65_HS1-834228961_62-HQ-83894_Section_9
Agency: FBI
Page 75
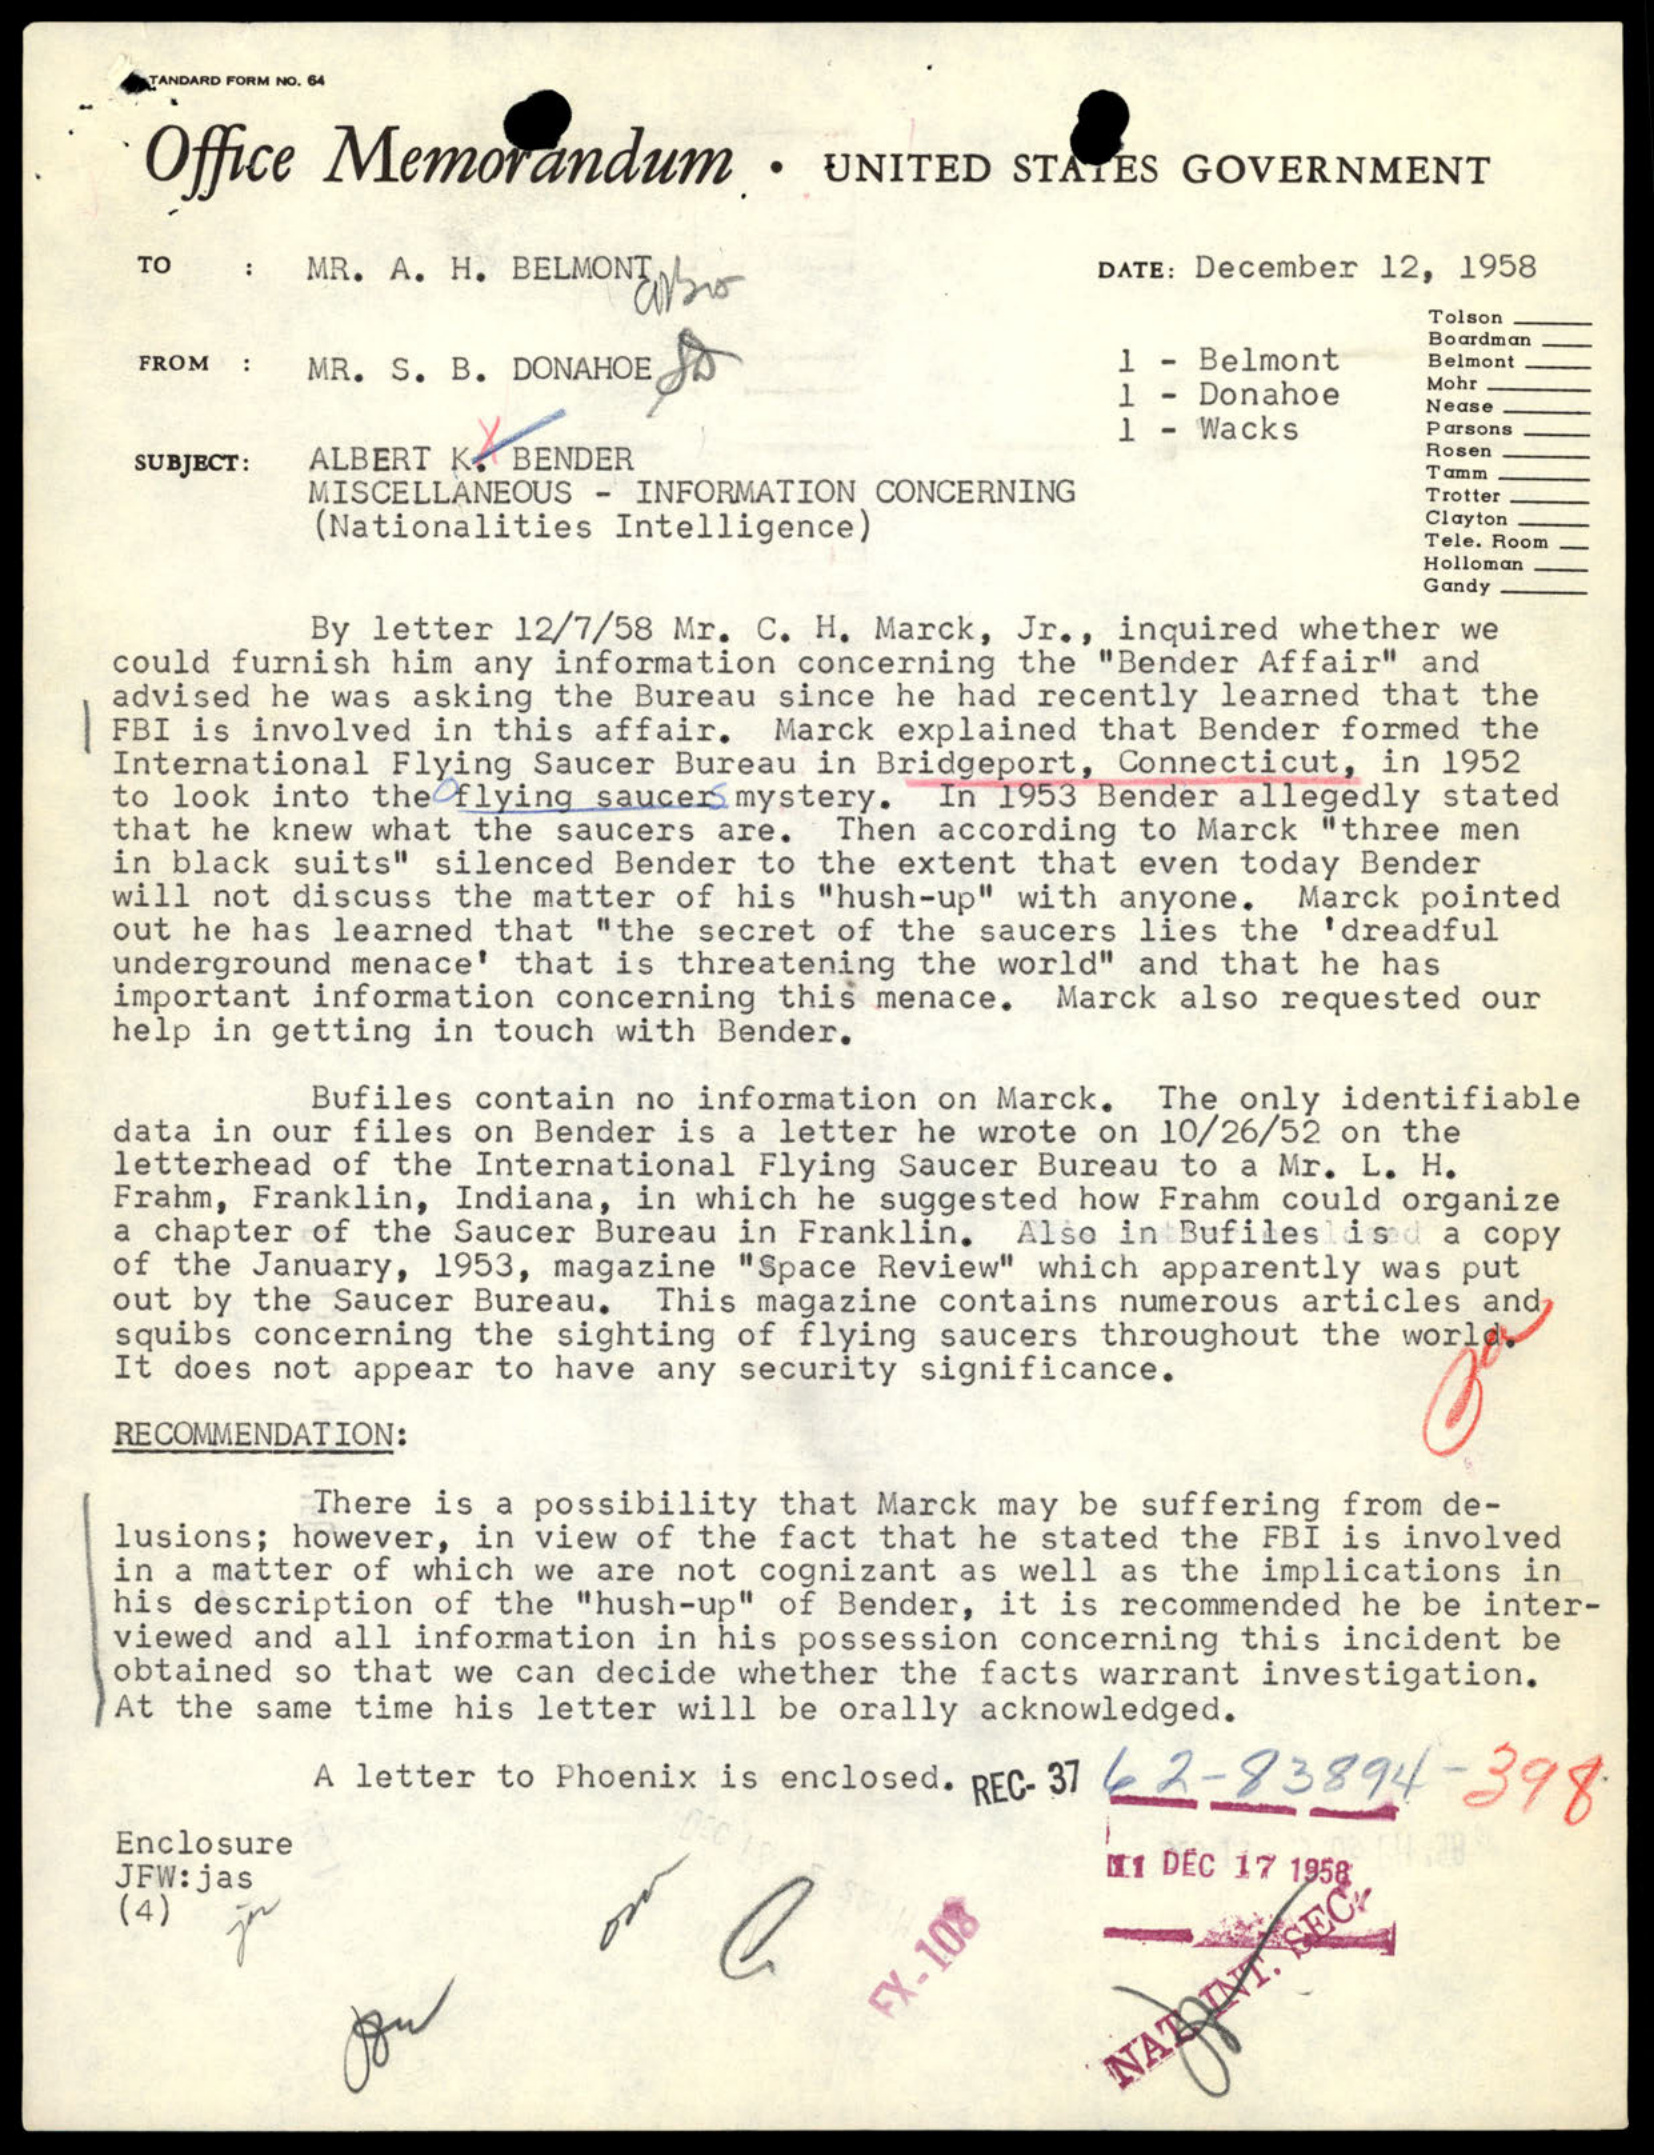